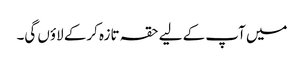
میں آپ کے لیے حقہ تازہ کرکے لاؤں گی۔